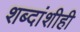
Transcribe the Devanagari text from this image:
शब्दांशीही